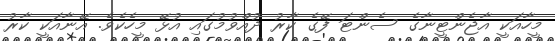
މީހާއަކީ އާޖެންޓީނާގެ ސެންޓަ ފޭގެ ކާރު ދުއްވުމުގައި އުޅޭ މީހެކެވެ. އޭނާއަކީ ކާރު